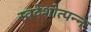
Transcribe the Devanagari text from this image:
स्वदेशोत्पन्न